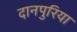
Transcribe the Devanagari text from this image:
दानपुरिया